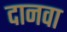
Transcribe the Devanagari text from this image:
दानवा